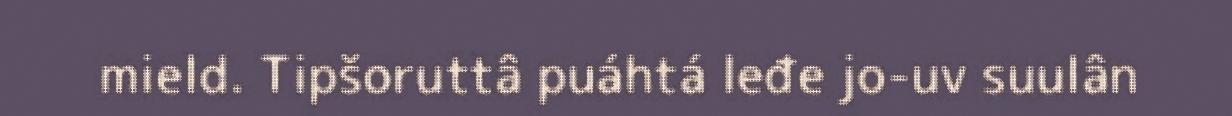
mield. Tipšoruttâ puáhtá leđe jo-uv suulân